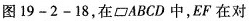
图19-2-18，在▱ABCD中，EF在对